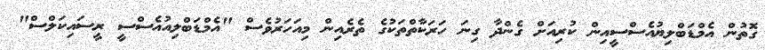
ގޮތުން އެމްޑަބްލިޔުއެސްސީއިން ކުރިއަށް ގެންދާ ގިނަ ހަރަކާތްތަކުގެ ތެރެއިން މިއަހަރުވެސް "އެމްޑަބްލިއުއެސްސީ ރީސައިކަލްސް"